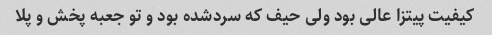
کیفیت پیتزا عالی بود ولی حیف که سردشده بود و تو جعبه پخش و پلا